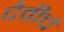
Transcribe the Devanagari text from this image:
देवीचं